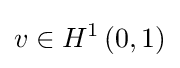
v\in H^{1}\left(0,1\right)